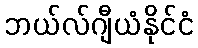
ဘယ်လ်ဂျီယံနိုင်ငံ